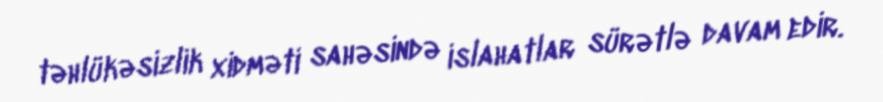
təhlükəsizlik xidməti sahəsində islahatlar sürətlə davam edir.